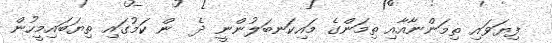
ފިޔަވައި ތިމަންނާއާއި ތިމަންގެ މައިކަނބަލުންނީ ދެ  ން ކަމުގައި ތިޔަބައިމީހުން